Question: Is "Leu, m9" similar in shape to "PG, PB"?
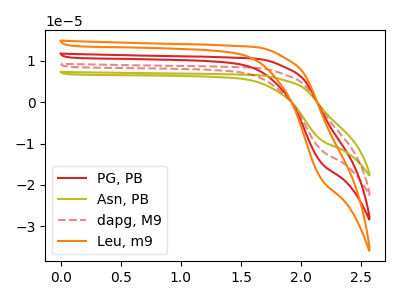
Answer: <think>The red curve "PG, PB" has no peaks. The olive curve "Asn, PB" has no peaks. The red dashed curve "dapg, M9" has no peaks. The orange curve "Leu, m9" has no peaks.
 Neither "Leu, m9" or "PG, PB" have any peaks.</think>
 <answer>"Leu, m9" and "PG, PB" are similar in shape.</answer>
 <eval>same_shape</eval>